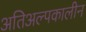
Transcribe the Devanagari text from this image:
अतिअल्पकालीन